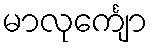
မာလုင်္ကျော